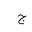
Letter: _gim